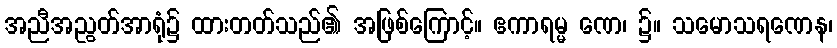
အညီအညွတ်အာရုံ၌ ထားတတ်သည်၏ အဖြစ်ကြောင့်။ ဧကာရမ္မ ဏေ၊ ၌။ သမောသရဏေန၊